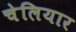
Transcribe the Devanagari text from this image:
चेलियार